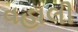
વહાલી